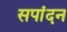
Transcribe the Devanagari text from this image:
सपांदन